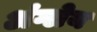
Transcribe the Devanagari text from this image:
अंग्लेय